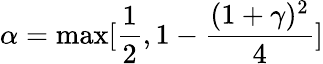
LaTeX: \alpha=\operatorname*{max}[\frac{1}{2},1-\frac{(1+\gamma)^{2}}{4}]